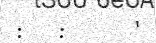
:   :      '